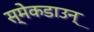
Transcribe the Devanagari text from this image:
स्मेकडाउन्